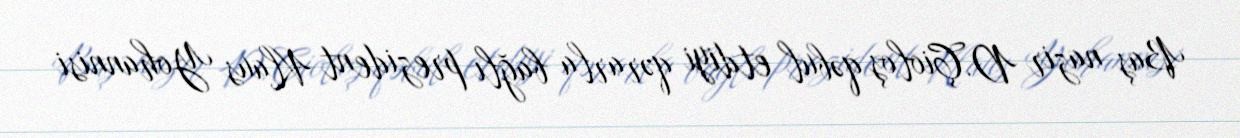
Baş nazir D.Çioloş qəbul etdiyi qərarla bağlı prezident Klaus Yohannisi